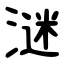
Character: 㴹